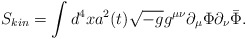
\begin{align*}S_{kin}=\int d^4x a^2(t) \sqrt {-g} g^{\mu\nu}\partial_\mu \Phi \partial_\nu \bar \Phi.\end{align*}